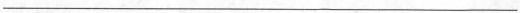
___